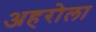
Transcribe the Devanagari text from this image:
अहरोला